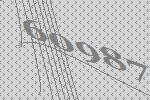
60987